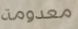
معدومة